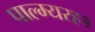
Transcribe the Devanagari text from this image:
पाल्म्यरह१